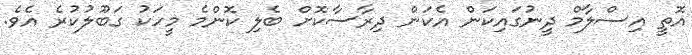
އޮތީ އިސްލާމް ދީނުގައިކަން އެކަން ދިރާސާކޮށް ބެލި ކޮންމެ މީހަކު ގަބޫލުކުރެ އެވެ.